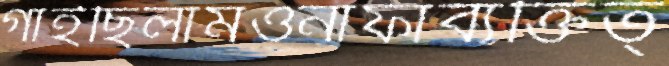
গাইছিলামওনাফাব্যক্তিত্